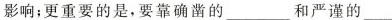
影响；更重要的是，要靠确凿的___和严谨的___